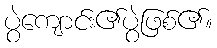
ပွဲကျောင်း၏ပွဲဖြစ်၏။